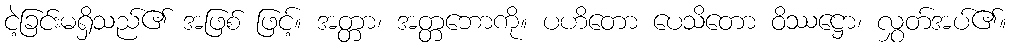
ငဲ့ခြင်းမရှိသည်၏ အဖြစ် ဖြင့်။ အတ္တာ၊ အတ္တဘောကို။ ပဟိတော ပေသိတော ဝိဿဋ္ဌော၊ လွှတ်အပ်၏။